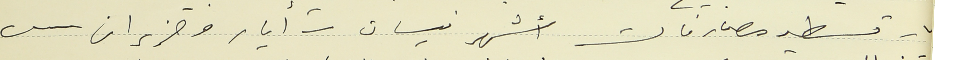
٧- تسطير مصارفات أشهر نيسان- أيار وحزيران -٢٠٠٠